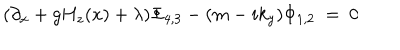
LaTeX: ( \partial _ { x } + g H _ { z } ( x ) + \lambda ) \Phi _ { 4 , 3 } - ( m - i k _ { y } ) \Phi _ { 1 , 2 } ~ = ~ 0